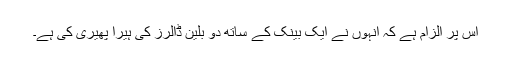
اس پر الزام ہے کہ انہوں نے ایک بینک کے ساتھ دو بلین ڈالرز کی ہیرا پھیری کی ہے۔